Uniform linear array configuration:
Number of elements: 32
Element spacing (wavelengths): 0.75
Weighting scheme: uniform
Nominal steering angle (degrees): -15
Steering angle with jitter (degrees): -14.859
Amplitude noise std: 0.05
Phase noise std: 0.05

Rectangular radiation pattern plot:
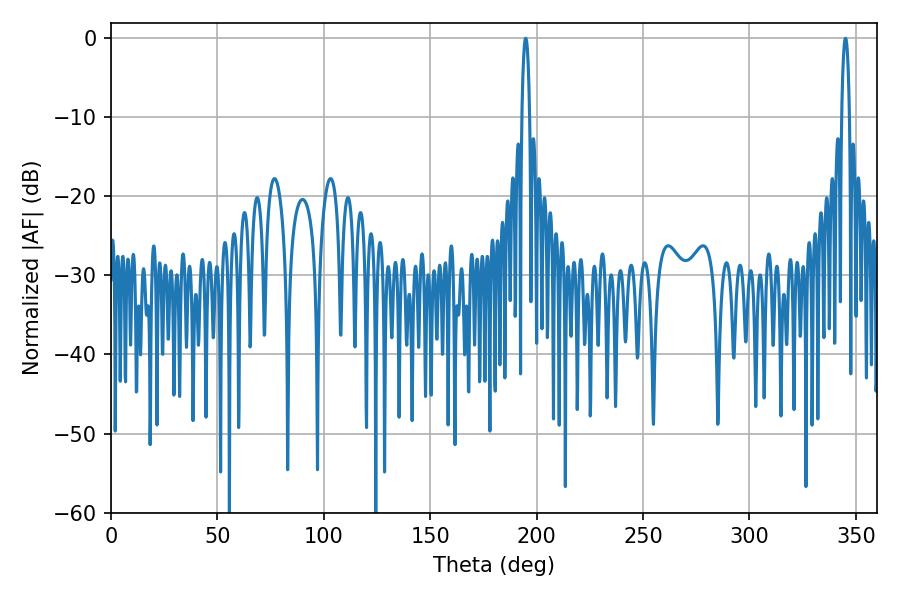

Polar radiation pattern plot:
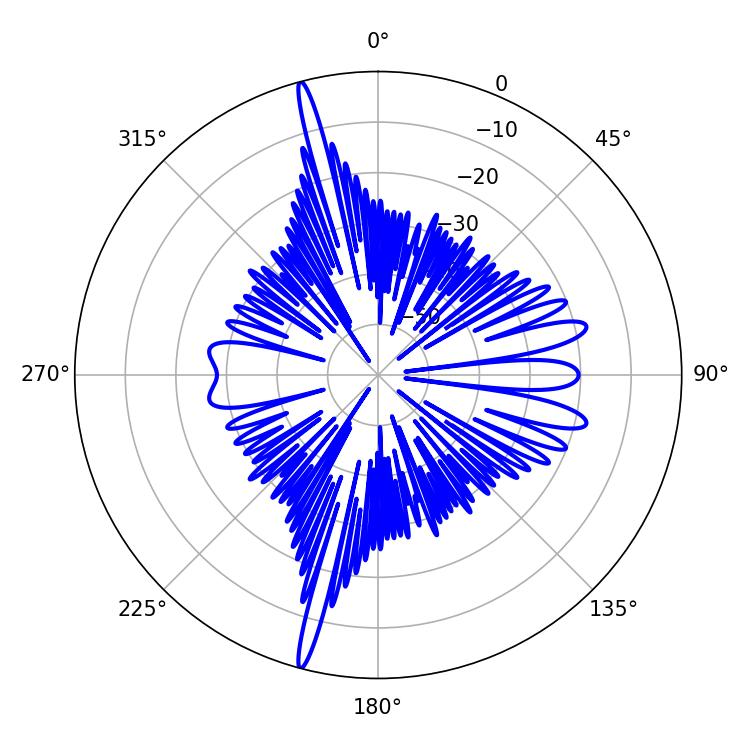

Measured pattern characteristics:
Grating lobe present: TRUE
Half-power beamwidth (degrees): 1.98
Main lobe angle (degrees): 345.06